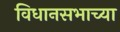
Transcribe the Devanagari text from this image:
विधानसभाच्या